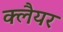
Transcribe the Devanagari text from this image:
क्लैयर